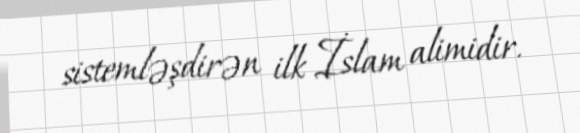
sistemləşdirən ilk İslam alimidir.